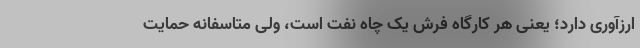
ارزآوری دارد؛ یعنی هر کارگاه فرش یک چاه نفت است، ولی متاسفانه حمایت